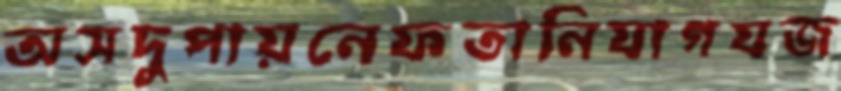
অসদুপায়নেফতানিযাগযজ